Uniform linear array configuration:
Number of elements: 8
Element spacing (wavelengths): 0.75
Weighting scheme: kaiser
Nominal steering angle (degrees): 45
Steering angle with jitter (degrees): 44.652
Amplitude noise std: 0.05
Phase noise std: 0.05

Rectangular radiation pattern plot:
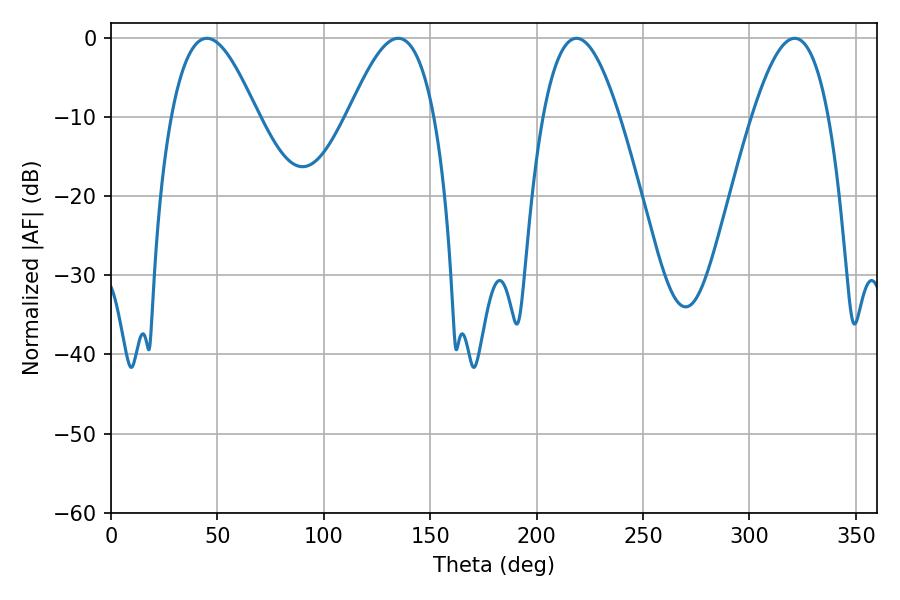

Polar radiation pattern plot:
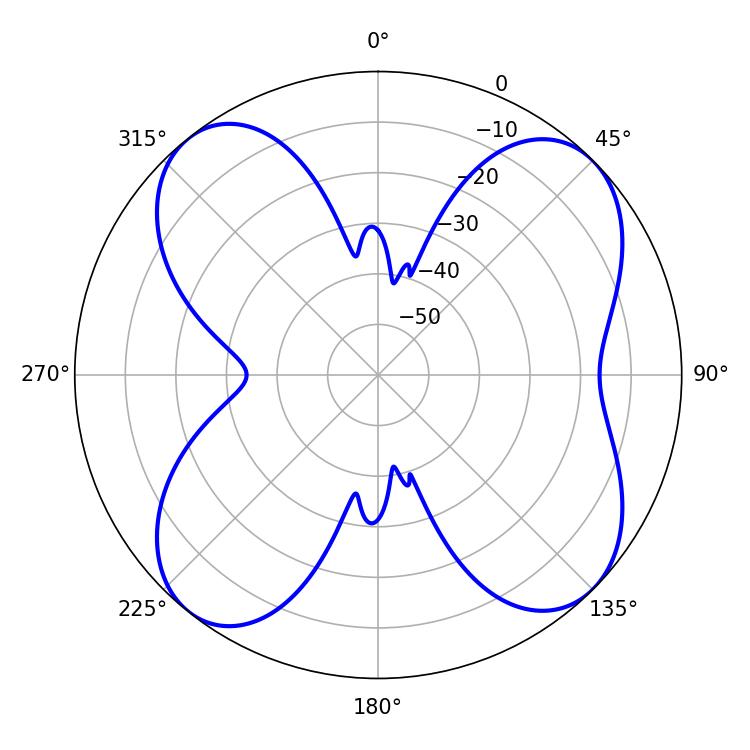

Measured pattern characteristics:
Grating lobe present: TRUE
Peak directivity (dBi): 11.339
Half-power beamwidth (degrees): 19.44
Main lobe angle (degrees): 218.7